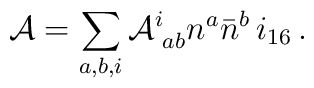
{\cal A} = \sum_{a,b,i} {\cal A}^i_{\, \, ab} n^a {\bar n}^b\, i_{16}\, .